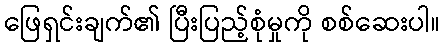
ဖြေရှင်းချက်၏ ပြီးပြည့်စုံမှုကို စစ်ဆေးပါ။